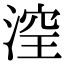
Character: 㴏